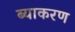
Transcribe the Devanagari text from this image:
ब्याकरण